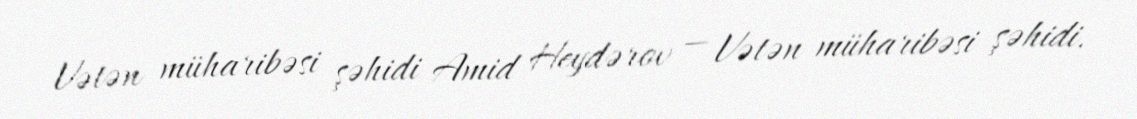
Vətən müharibəsi şəhidi Amid Heydərov — Vətən müharibəsi şəhidi.